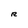
Character: R